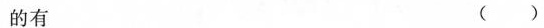
的有 ( )